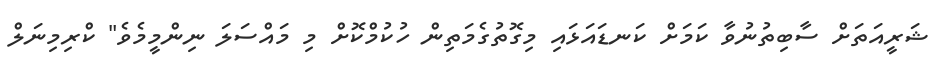
ޝަރީއަތަށް ސާބިތުނުވާ ކަމަށް ކަނޑައަޅައި މިގޮތުގެމަތިން ހުކުމްކޮށް މި މައްސަލަ ނިންމީމެވެ" ކްރިމިނަލް